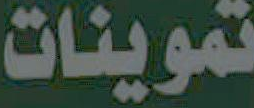
تموينات